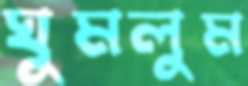
ঘুমলুম